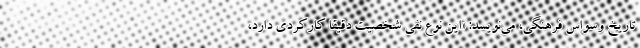
تاریخِ وسواس فرهنگی، می‌نویسد: «این نوع نفی شخصیت دقیقاً کارکردی دارد،